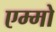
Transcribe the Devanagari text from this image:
एम्मो